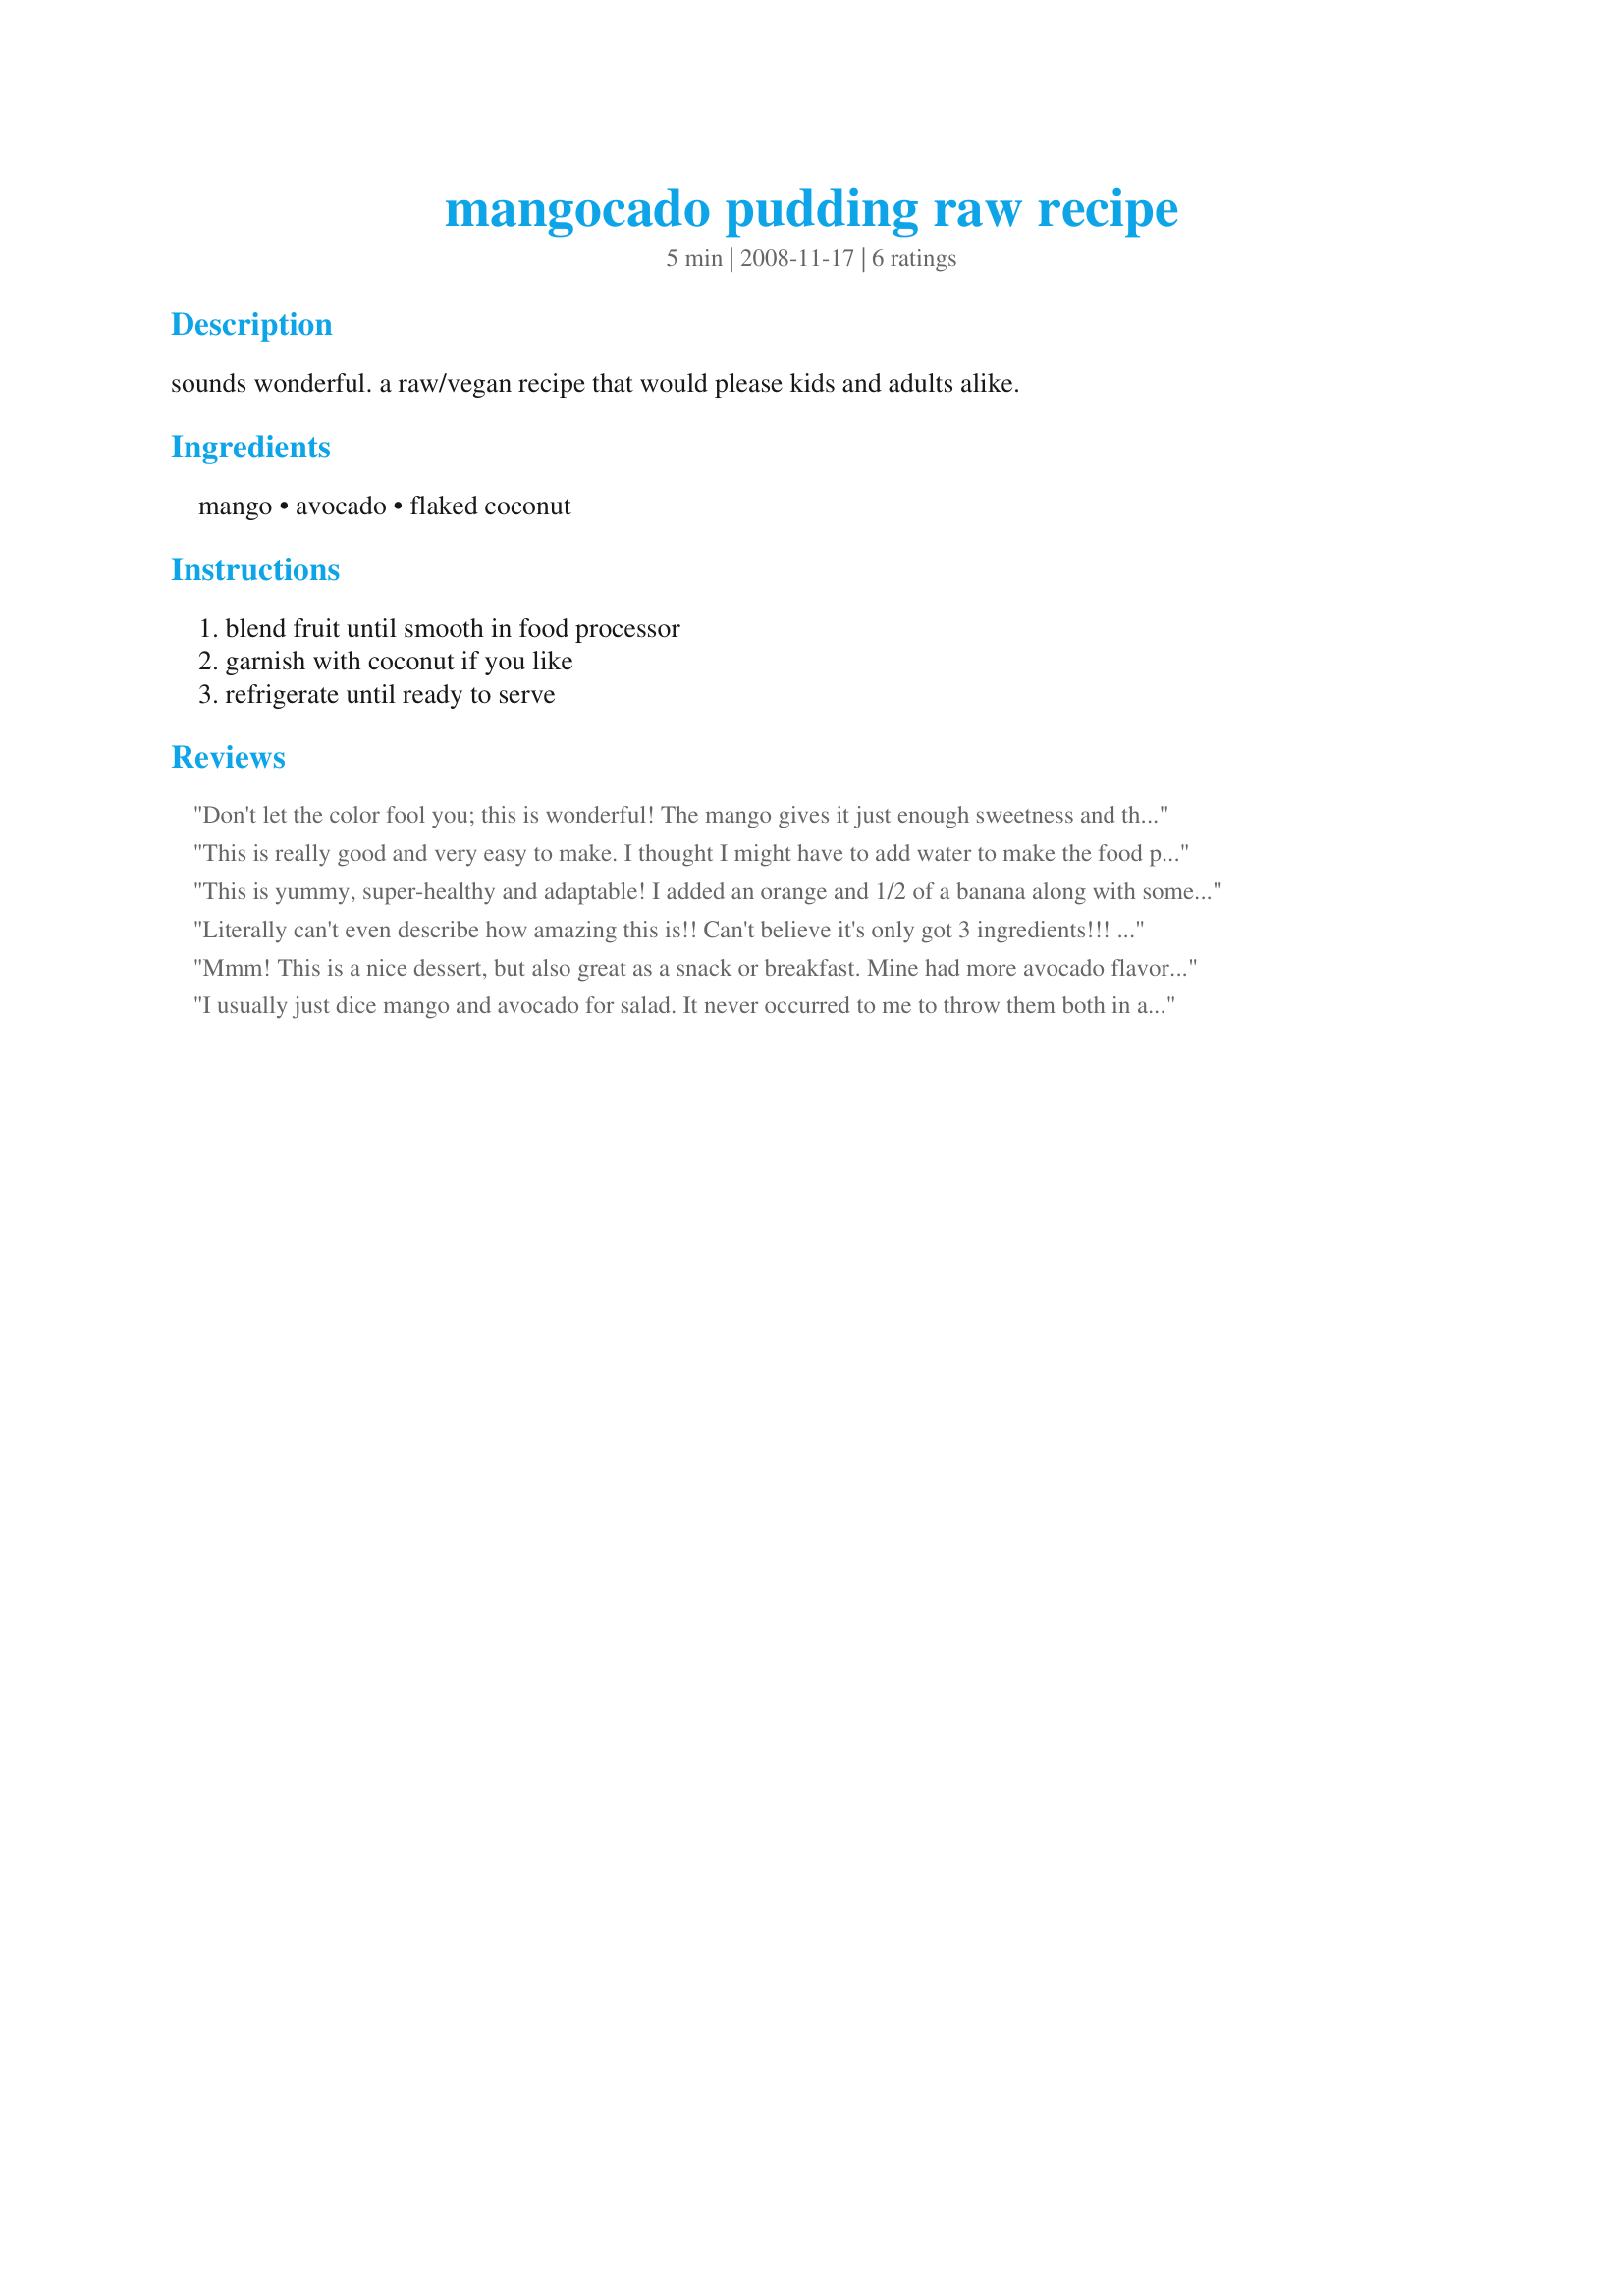
mangocado pudding raw recipe
Preparation time: 5 minutes

sounds wonderful. a raw/vegan recipe that would please kids and adults alike.

Ingredients:
mango, avocado, flaked coconut

Steps:
blend fruit until smooth in food processor, garnish with coconut if you like, refrigerate until ready to serve

Reviews:
Don't let the color fool you; this is wonderful! The mango gives it just enough sweetness and the avocado lends a rich, creamy texture. It was a perfect afternoon snack to keep my blood sugar steady until dinner (and keep me away from the brownies my mother-in-law brought over). I added a tiny squeeze of honey since my mango wasn't quite ripe and my avocado was slightly over-ripe. This is a really good way to enjoy less-than-perfect fruit. I will definitely make this again. Thanks for posting! Made for Veg*an Swap, March 2010.
This is really good and very easy to make. I thought I might have to add water to make the food processor work, but it was just fine with only the fruit. Delicious! Thanks! Reviewed for the May Veg*n Recipe Swap.
This is yummy, super-healthy and adaptable! I added an orange and 1/2 of a banana along with some mango. I served the pudding in ice-cream cones which was fun :-) If you let it freeze for a bit, it's very like soft-serve! Thanks for posting!
Literally can't even describe how amazing this is!! Can't believe it's only got 3 ingredients!!! Super creamy and tropical tasting. This recipe is perfect and needs nothing else! I could easily have eaten it all myself!
Mmm! This is a nice dessert, but also great as a snack or breakfast. Mine had more avocado flavor because I used half of a gigantor avocado, and about maybe 2/3 cup frozen mango that I thawed out. I pureed the mango first then mixed in the avocado. I topped it with some angel flake coconut and chilled for about 15 minutes before eating, it was perfect. Thanks for a great post, this is an easy winner to make over and over! Made as a recipenap for Veggie Swap 20.
I usually just dice mango and avocado for salad. It never occurred to me to throw them both in a blender. Yummy, light refreshing dessert for summer with no added sugar. Great for kids.
